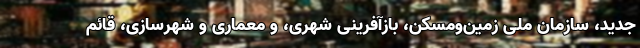
جدید، سازمان ملی زمین‌ومسکن، بازآفرینی شهری، و معماری و شهرسازی، قائم